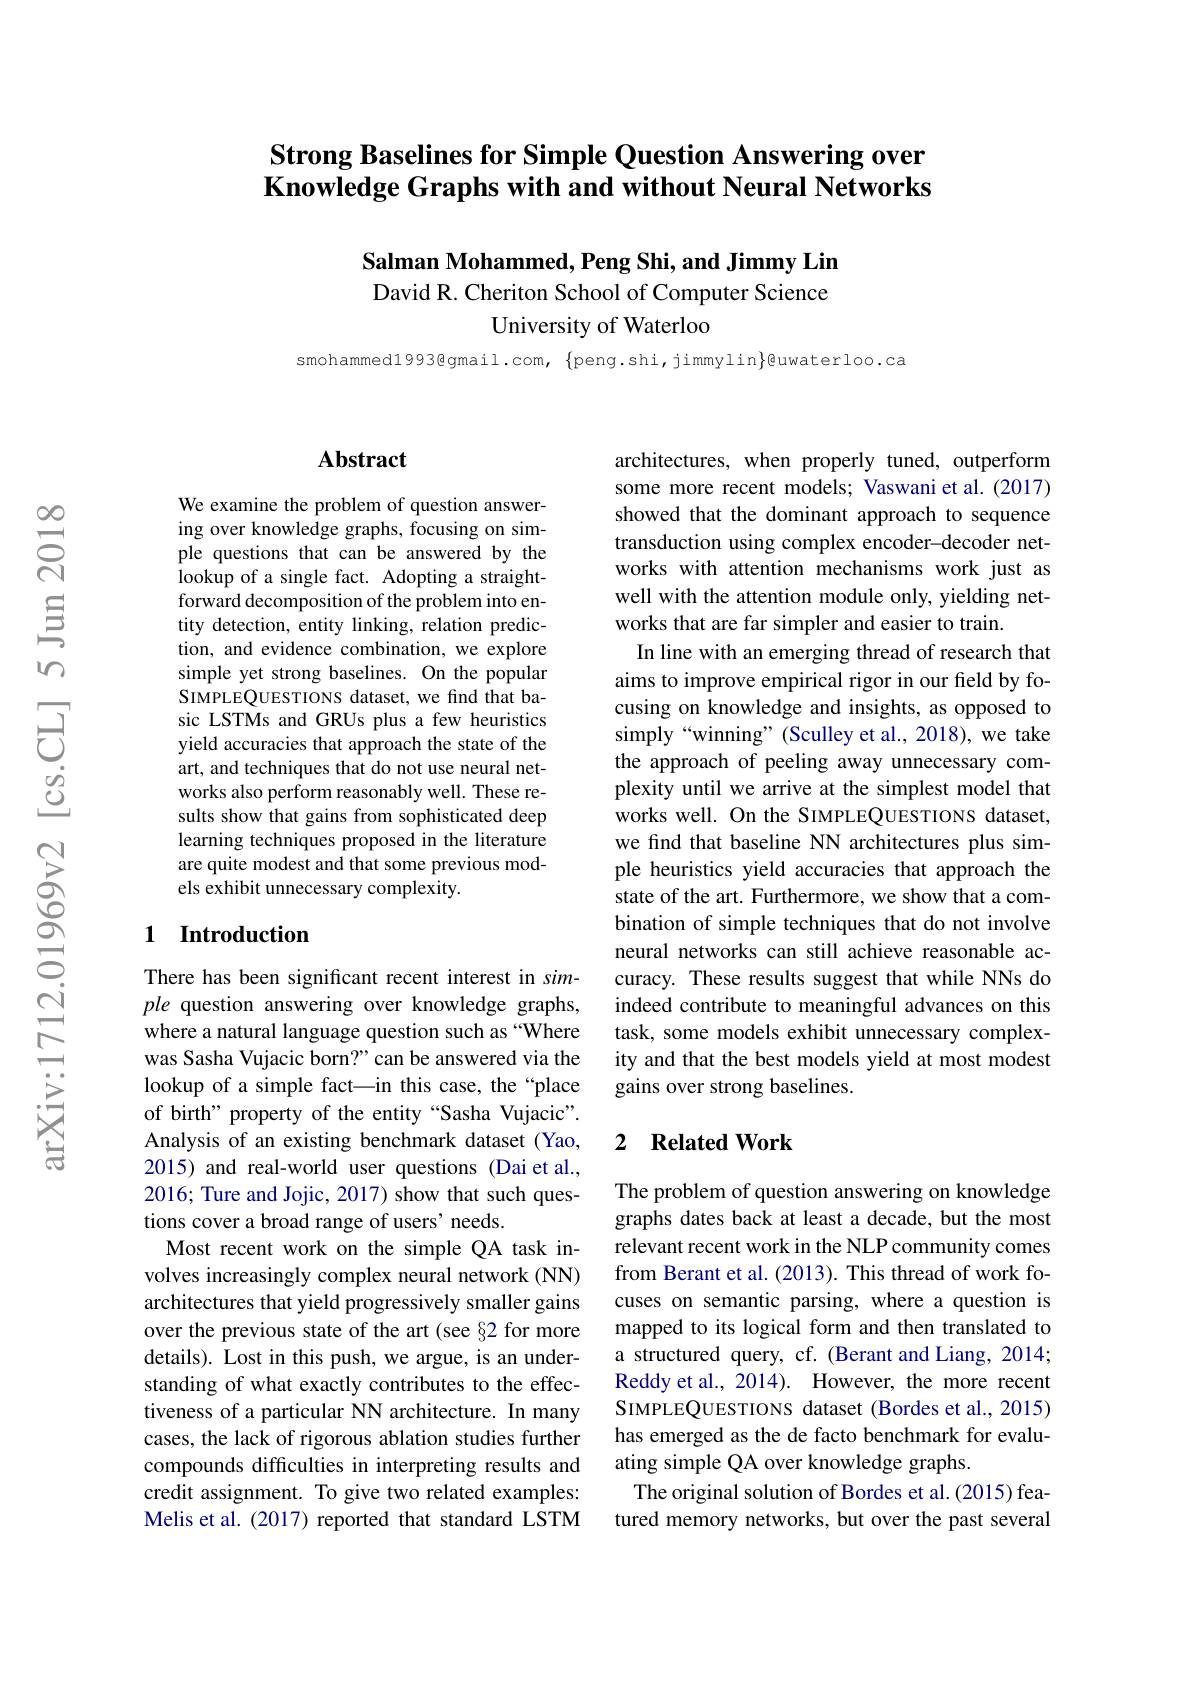
## Strong Baselines for Simple Question Answering over Knowledge Graphs with and without Neural Networks

### $\textbf{Salman Mohammed, Peng Shi, and Jimmy Lin}$ David R. Cheriton School of Computer Science

University of Waterloo

smohammed1993@gmail.com, $\{$peng.shi,jimmylin$\}$@uwaterloo.ca

## Abstract

We examine the problem of question answering over knowledge graphs, focusing on simple questions that can be answered by the lookup of a single fact. Adopting a straightforward decomposition of the problem into entity detection, entity linking, relation prediction, and evidence combination, we explore simple yet strong baselines. On the popular SIMPLEQUESTIONS dataset, we find that basic LSTMs and GRUs plus a few heuristics yield accuracies that approach the state of the art, and techniques that do not use neural networks also perform reasonably well. These results show that gains from sophisticated deep learning techniques proposed in the literature are quite modest and that some previous models exhibit unnecessary complexity.

## 1 Introduction

There has been significant recent interest in simple question answering over knowledge graphs, where a natural language question such as “Where was Sasha Vujacic born?" can be answered via the lookup of a simple fact—in this case, the“place of birth" property of the entity “Sasha Vujacic". Analysis of an existing benchmark dataset (Yao, 2015) and real-world user questions (Dai et al., 2016; Ture and Jojic, 2017) show that such questions cover a broad range of users' needs.
Most recent work on the simple QA task involves increasingly complex neural network (NN) architectures that yield progressively smaller gains over the previous state of the art (see §2 for more details). Lost in this push, we argue, is an understanding of what exactly contributes to the effectiveness of a particular NN architecture. In many cases, the lack of rigorous ablation studies further compounds difficulties in interpreting results and credit assignment. To give two related examples: Melis et al. (2017) reported that standard LSTM

architectures, when properly tuned, outperform some more recent models; Vaswani et al. (2017) showed that the dominant approach to sequence transduction using complex encoder-decoder networks with attention mechanisms work just as well with the attention module only, yielding networks that are far simpler and easier to train.
In line with an emerging thread of research that aims to improve empirical rigor in our feld by focusing on knowledge and insights, as opposed to simply“winning”(Sculley et al., 2018), we take the approach of peeling away unnecessary complexity until we arrive at the simplest model that works well. On the SIMPLEQUESTIONS dataset, we find that baseline NN architectures plus simple heuristics yield accuracies that approach the state of the art. Furthermore, we show that a combination of simple techniques that do not involve neural networks can still achieve reasonable accuracy. These results suggest that while NNs do indeed contribute to meaningful advances on this task, some models exhibit unnecessary complexity and that the best models yield at most modest gains over strong baselines.

### 2 $\textbf{Related Work}$

The problem of question answering on knowledge graphs dates back at least a decade, but the most relevant recent work in the NLP community comes from Berant et al. (2013). This thread of work focuses on semantic parsing, where a question is mapped to its logical form and then translated to a structured query, cf. (Berant and Liang, 2014; Reddy et al., 2014). However, the more recent SIMPLEQUESTIONS dataset (Bordes et al., 2015) has emerged as the de facto benchmark for evaluating simple QA over knowledge graphs.
The original solution of Bordes et al. (2015) featured memory networks, but over the past several